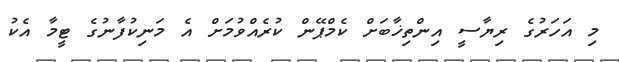
މި އަހަރުގެ ރިޔާސީ އިންތިޚާބަށް ކެމްޕޭން ކުރެއްވުމަށް އެ މަނިކުފާނުގެ ޓީމާ އެކު